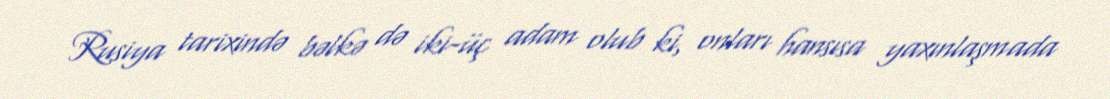
Rusiya tarixində bəlkə də iki-üç adam olub ki, onları hansısa yaxınlaşmada